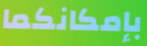
بإمكانكما